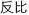
反比